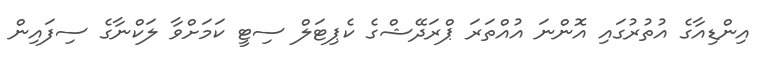
އިންޑިއާގެ އުތުރުގައި އޮންނަ އުއްތަރަ ޕްރަދޭޝްގެ ކެޕިޓަލް ސިޓީ ކަމަށްވާ ލަކްނާގެ ސިފައިން